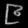
Digit: ၉